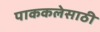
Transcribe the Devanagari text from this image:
पाककलेसाठी